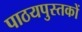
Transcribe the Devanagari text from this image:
पाठयपुस्तकों